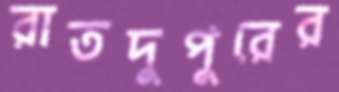
রাতদুপুরের